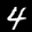
Label: 4